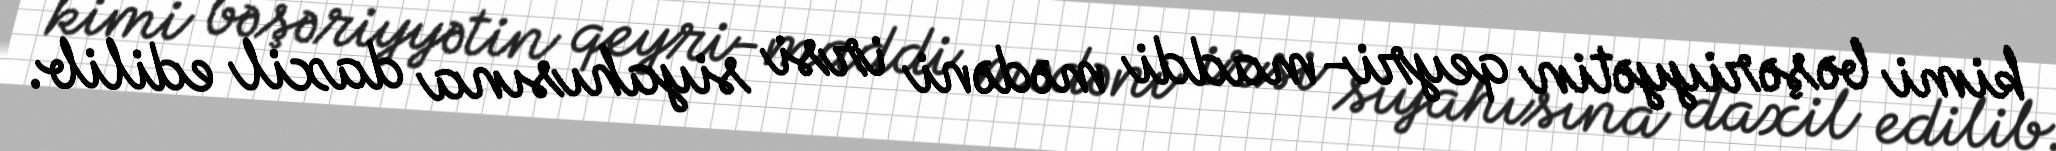
kimi bəşəriyyətin qeyri-maddi mədəni irsi siyahısına daxil edilib.